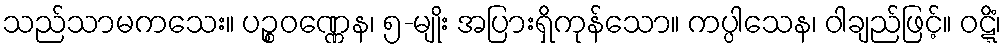
သည်သာမကသေး။ ပဉ္စဝဏ္ဏေန၊ ၅-မျိုး အပြားရှိကုန်သော။ ကပ္ပါသေန၊ ဝါချည်ဖြင့်။ ဝဋ္ဋိံ၊